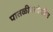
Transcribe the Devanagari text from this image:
पातळीवरदेखील